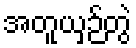
အတူယှဉ်တွဲ